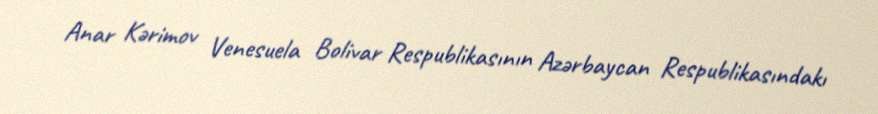
Anar Kərimov Venesuela Bolivar Respublikasının Azərbaycan Respublikasındakı